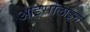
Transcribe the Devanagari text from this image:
आइसोलाइन